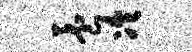
养冷